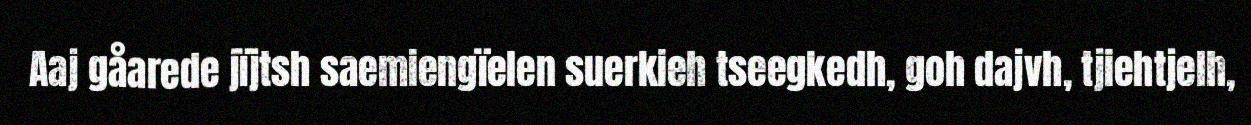
Aaj gåarede jïjtsh saemiengïelen suerkieh tseegkedh, goh dajvh, tjiehtjelh,